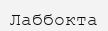
Лаббокта